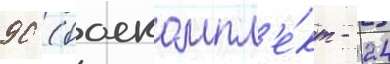
90 (боекомпл'е́кт - 24